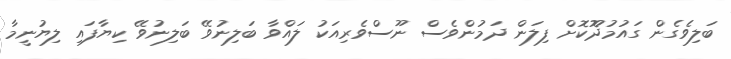
ބަލިވެގެން ގައުމުދޫޮކޮށް ފިލަން ދަމުންވެސް ނޫސްވެރިއަކު ލައްވާ ބަލިނުވޭ ބަލިނުވޭ ކިޔާފައި ލިޔުނީމާ